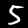
Label: 5